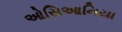
ઓસિઆનિયા